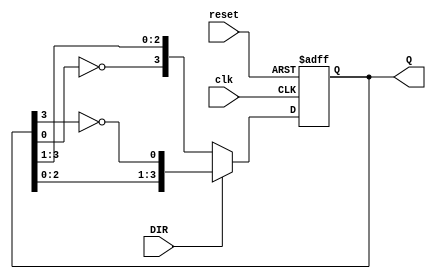
module Bidirectional_Johnson_Counter (
    input wire clk,          // Clock signal
    input wire reset,        // Asynchronous reset signal
    input wire DIR,          // Direction control (1 for up/right, 0 for down/left)
    output reg [3:0] Q       // 4-bit output of the counter
);
    // Define the number of flip-flops
    parameter N = 4;

    // Always block triggered by the clock edge
    always @(posedge clk or posedge reset) begin
        if (reset) begin
            // Reset the counter to 0000
            Q <= 4'b0000;
        end else begin
            if (DIR) begin
                // Counting Up (Right Shift)
                Q <= {Q[N-2:0], ~Q[N-1]}; // Shift right and feedback inverted last bit
            end else begin
                // Counting Down (Left Shift)
                Q <= {~Q[0], Q[N-1:1]}; // Shift left and feedback inverted first bit
            end
        end
    end
endmodule